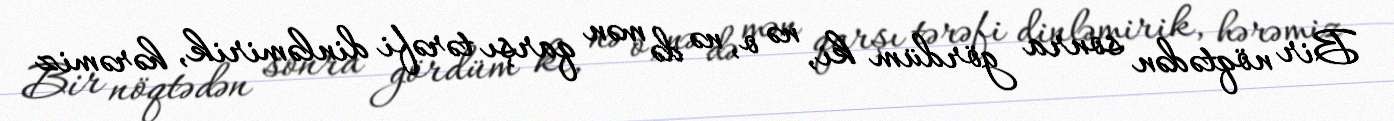
Bir nöqtədən sonra gördüm ki, nə o, nə də mən qarşı tərəfi dinləmirik, hərəmiz